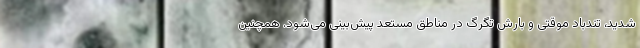
شدید، تندباد موقتی و بارش تگرگ در مناطق مستعد پیش‌بینی می‌شود. همچنین